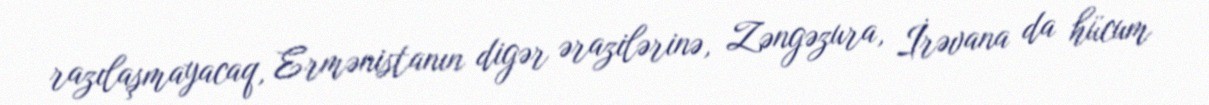
razılaşmayacaq, Ermənistanın digər ərazilərinə, Zəngəzura, İrəvana da hücum